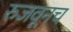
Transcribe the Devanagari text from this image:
रुजवूनच